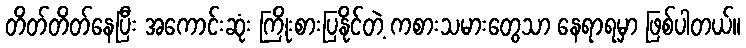
တိတ်တိတ်နေပြီး အကောင်းဆုံး ကြိုးစားပြနိုင်တဲ့ ကစားသမားတွေသာ နေရာရမှာ ဖြစ်ပါတယ်။